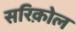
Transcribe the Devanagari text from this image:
सरिक़ोल